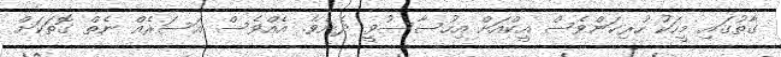
ގާތުގައި މީހަކު ހުރިކަންވެސް އީކްއަށް އިހުސާސުވީ ދެނެވެ. އެއްވެސް އަސަރެއް ނެތް ގޮތަކަށް